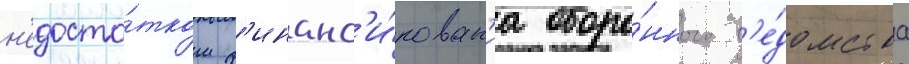
н'едоста́тком ф'инанс'и́рован'иа оборо́нного в'е́домства